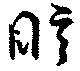
眩